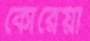
কোরেয়া